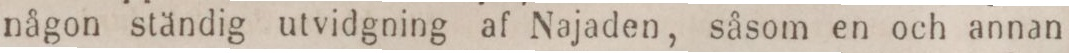
någon ständig utvidgning af Najaden, såsom en och annan